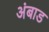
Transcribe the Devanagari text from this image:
अंबाड